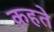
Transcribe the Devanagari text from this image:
क़हते